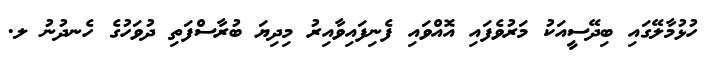
ހުޅުމާލޭގައި ބިދޭސީއަކު މަރުވެފައި އޮއްވައި ފެނިފައިވާއިރު މިދިޔަ ބުރާސްފަތި ދުވަހުގެ ހެނދުނު ލ.